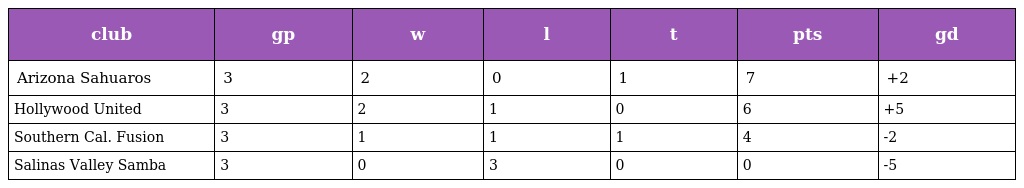
| club | gp | w | l | t | pts | gd |
 | --- | --- | --- | --- | --- | --- | --- |
 | Arizona Sahuaros | 3 | 2 | 0 | 1 | 7 | +2 |
 | Hollywood United | 3 | 2 | 1 | 0 | 6 | +5 |
 | Southern Cal. Fusion | 3 | 1 | 1 | 1 | 4 | -2 |
 | Salinas Valley Samba | 3 | 0 | 3 | 0 | 0 | -5 |